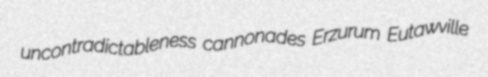
uncontradictableness cannonades Erzurum Eutawville